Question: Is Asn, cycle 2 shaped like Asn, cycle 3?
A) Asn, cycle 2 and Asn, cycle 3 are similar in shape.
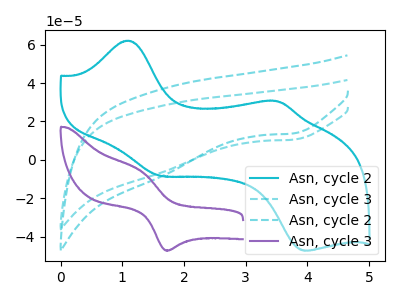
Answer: <think>The cyan curve "Asn, cycle 2" has anodic peaks at (1.10V, 62.10uA) (3.50V, 30.55uA) and cathodic peaks at (1.60V, -8.15uA) (3.95V, -47.30uA). The cyan dashed curve "Asn, cycle 3" has a cathodic peak at: (3.80V, 10.55uA). The cyan dashed curve "Asn, cycle 2" has a cathodic peak at: (3.80V, 13.80uA). The purple curve "Asn, cycle 3" has an anodic peak at (1.30V, -6.20uA) and a cathodic peak at (1.75V, -47.15uA).
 All the peaks in "Asn, cycle 2" have a peak in "Asn, cycle 3" at the same potential. Every peak in "Asn, cycle 2" is lower than every peak in "Asn, cycle 3".</think>
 <answer>A) "Asn, cycle 2" and "Asn, cycle 3" are similar in shape.</answer>
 <eval>A</eval>